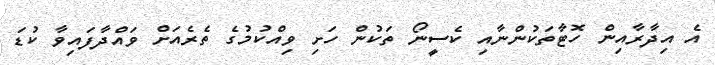
އެ އިދާރާއިން ހޮޓާތަކުންނާއި ކެސީނޯ ތަކުން ހަށި ވިއްކުމުގެ ތެރެއަށް ވައްދާފައިވާ ކުޑަ